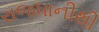
રાજધાનીથી